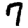
Digit: 7